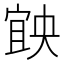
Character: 𡩶